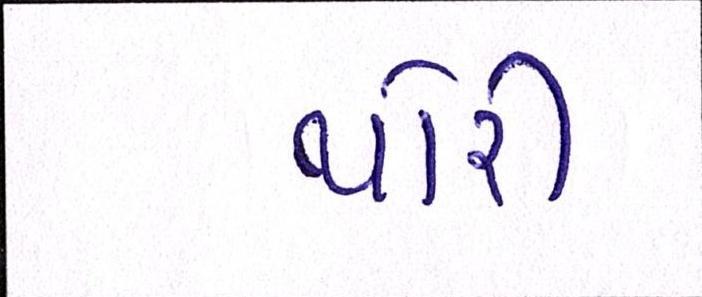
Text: થોરી